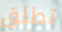
تطلق